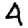
Digit: 4